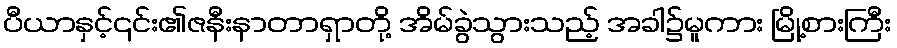
ပီယာနှင့်၎င်း၏ဇနီးနာတာရှာတို့ အိမ်ခွဲသွားသည့် အခါ၌မူကား မြို့စားကြီး